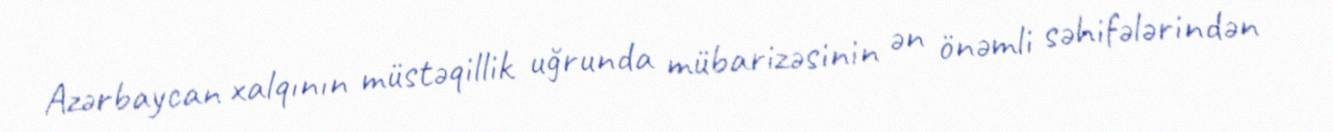
Azərbaycan xalqının müstəqillik uğrunda mübarizəsinin ən önəmli səhifələrindən